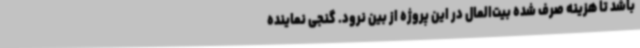
باشد تا هزینه صرف شده بیت‌المال در این پروژه از بین نرود. گنجی نماینده